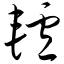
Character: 轳